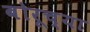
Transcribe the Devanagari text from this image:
बोरूच्या